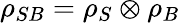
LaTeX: \rho_{SB}=\rho_{S}\otimes\rho_{B}